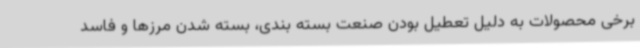
برخی محصولات به دلیل تعطیل بودن صنعت بسته بندی، بسته شدن مرزها و فاسد